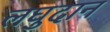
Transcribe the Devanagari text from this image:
लघुदान